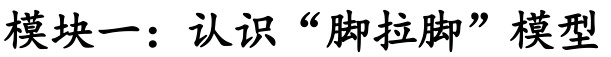
模块一：认识“脚拉脚”模型